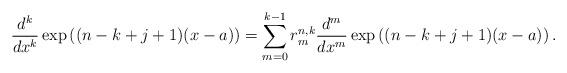
LaTeX: \begin{align*}\frac{d^k}{dx^k}\exp\left((n-k+j+1)(x-a)\right)=\sum_{m=0}^{k-1}r_{m}^{n,k}\frac{d^m}{dx^m}\exp\left((n-k+j+1)(x-a)\right).\end{align*}